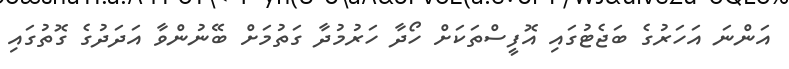
އަންނަ އަހަރުގެ ބަޖެޓުގައި އޮފީސްތަކަށް ހޯދާ ހަރުމުދާ ގަތުމަށް ބޭނުންވާ އަދަދުގެ ގޮތުގައި